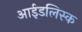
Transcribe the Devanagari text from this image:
आईडलिस्क